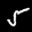
Digit: 5